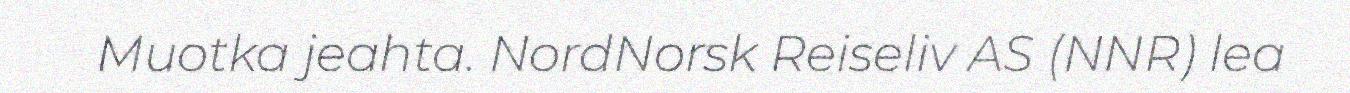
Muotka jeahta. NordNorsk Reiseliv AS (NNR) lea